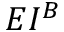
E I ^ { B }